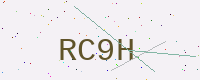
Text: RC9H